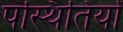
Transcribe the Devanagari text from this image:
पस्थितियों